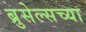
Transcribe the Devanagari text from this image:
ब्रुसेल्सच्या